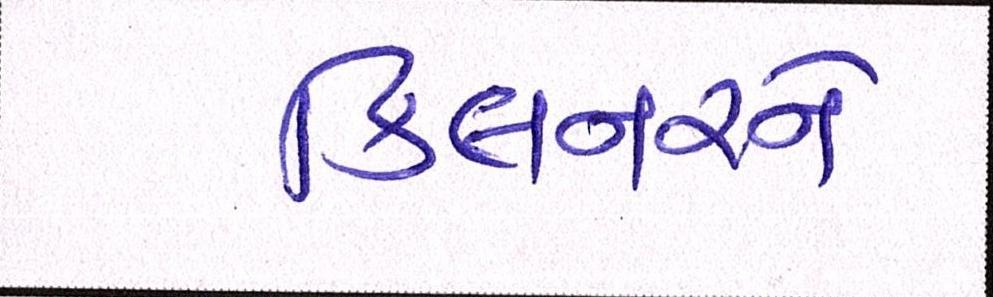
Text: કિલનરને